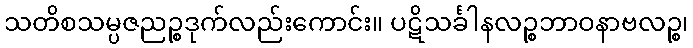
သတိစသမ္ပဇညဉ္စဒုက်လည်းကောင်း။ ပဋိသင်္ခါနလဉ္စဘာဝနာဗလဉ္စ၊